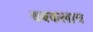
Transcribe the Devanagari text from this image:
थबकलाच